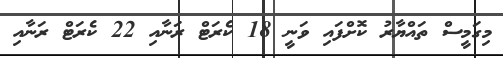
މިގަމީސް ތައްޔާރު ކޮށްފައި ވަނީ 18 ކެރަޓް ރަނާއި 22 ކެރަޓް ރަނާއި